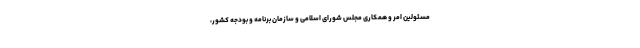
مسئولین امر و همکاری مجلس شورای اسلامی و سازمان برنامه و بودجه کشور،